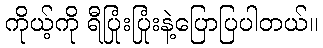
ကိုယ့်ကို ရီပြုံးပြုံးနဲ့ပြောပြပါတယ်။